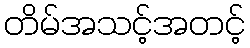
တိမ်အသင့်အတင့်